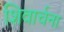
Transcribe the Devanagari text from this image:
शिवार्चना